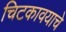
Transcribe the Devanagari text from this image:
चिटकावयाचे